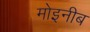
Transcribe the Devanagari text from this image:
मोइनीब